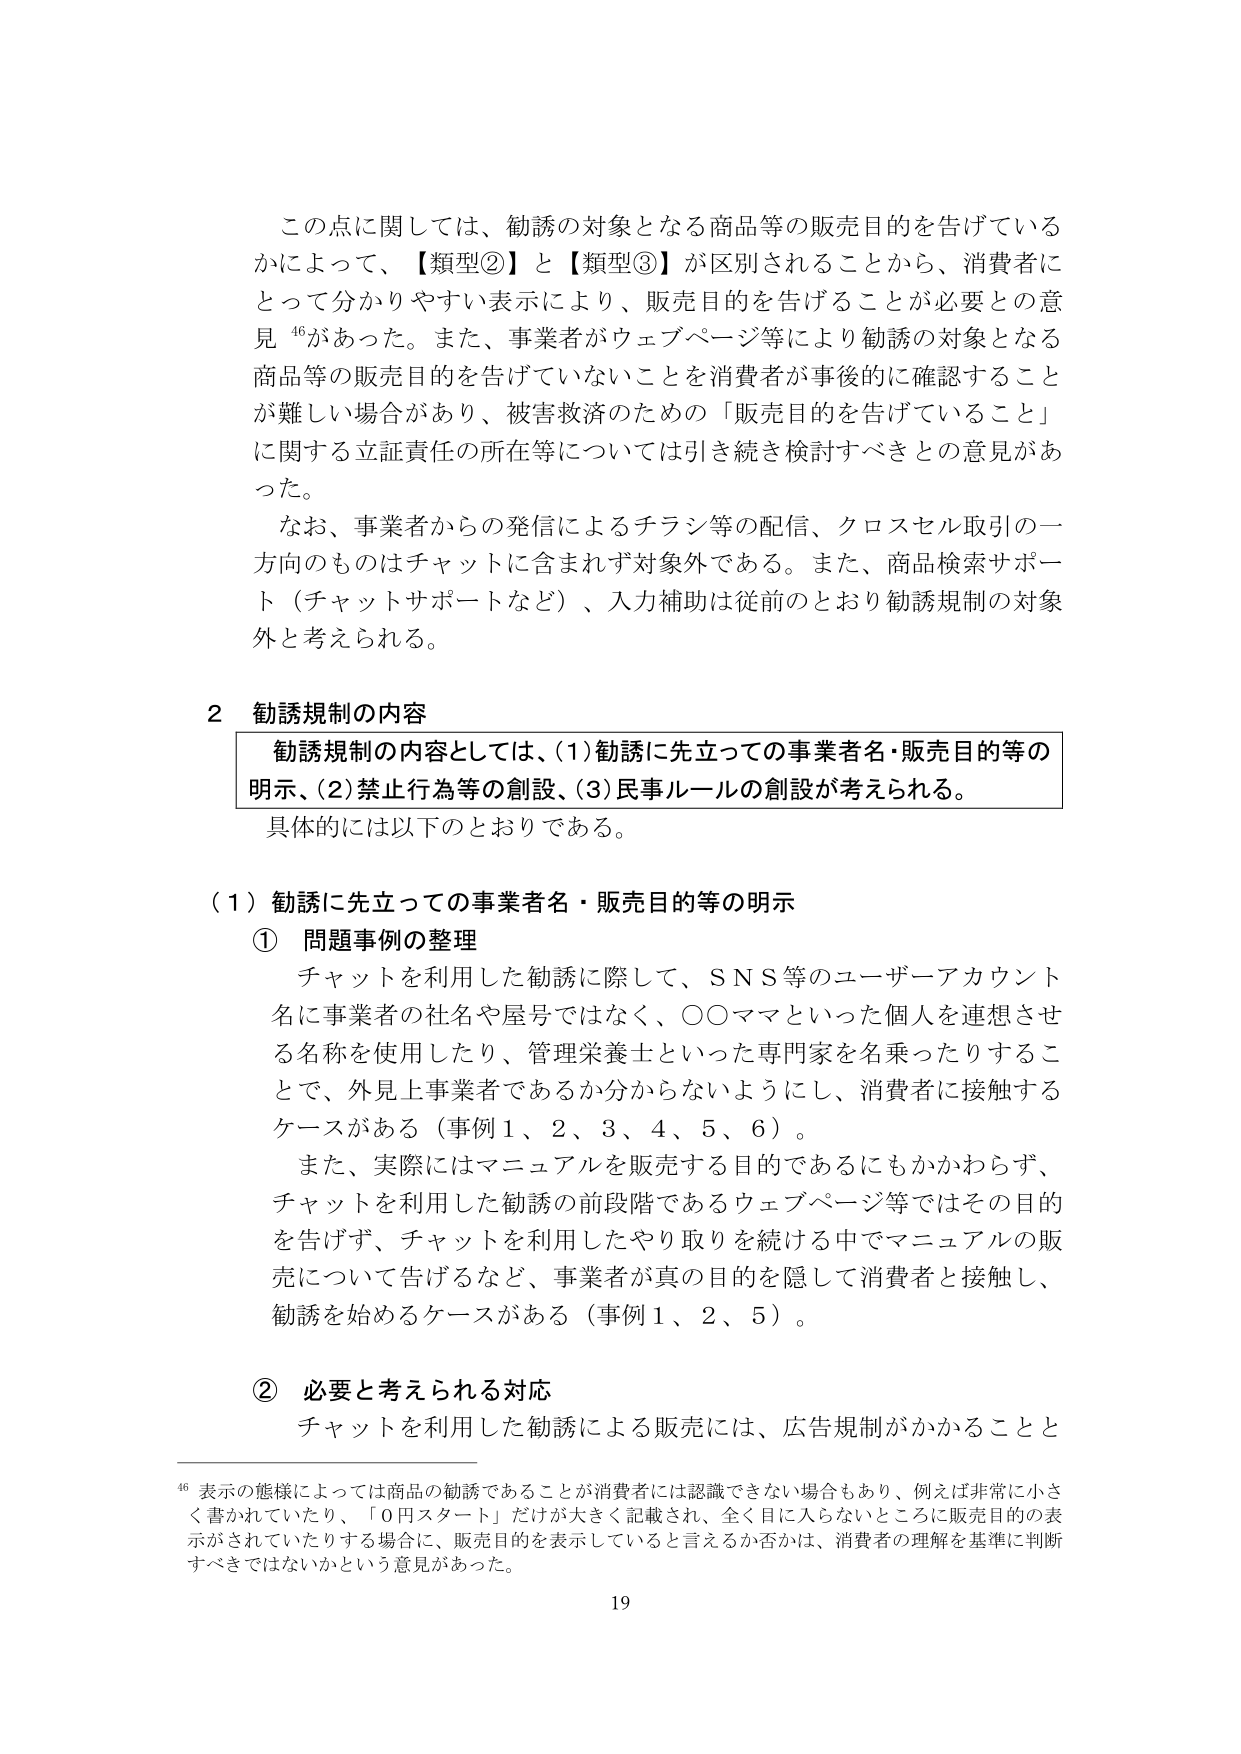
この点に関しては、勧誘の対象となる商品等の販売目的を告げているかによって、【類型②】と【類型③】が区別されることから、消費者にとって分かりやすい表示により、販売目的を告げることが必要との意見⁴⁶があった。また、事業者がウェブページ等により勧誘の対象となる商品等の販売目的を告げていないことを消費者が事後的に確認することが難しい場合があり、被害救済のための「販売目的を告げていること」に関する立証責任の所在等については引き続き検討すべきとの意見があった。

なお、事業者からの発信によるチラシ等の配信、クロスセル取引の一方向のものはチャットに含まれず対象外である。また、商品検索サポート（チャットサポートなど）、入力補助は従前とのおり勧誘規制の対象外と考えられる。

2 勧誘規制の内容

勧誘規制の内容としては、(1)勧誘に先立っての事業者名・販売目的等の明示、(2)禁止行為等の創設、(3)民事ルールの創設が考えられる。

具体的には以下のとおりである。

（1）勧誘に先立っての事業者名・販売目的等の明示

① 問題事例の整理

チャットを利用した勧誘に際して、SNS等のユーザーアカウント名に事業者の社名や屋号ではなく、○○ママといった個人を連想させる名称を使用したり、管理栄養士といった専門家を名乗ったりすることで、外見上事業者であるか分からないようにし、消費者に接触するケースがある（事例1、2、3、4、5、6）。

また、実際にはマニュアルを販売する目的であるにもかかわらず、チャットを利用した勧誘の前段階であるウェブページ等ではその目的を告げず、チャットを利用したやり取りを続ける中でマニュアルの販売について告げるなど、事業者が真の目的を隠して消費者と接触し、勧誘を始めるケースがある（事例1、2、5）。

② 必要と考えられる対応

チャットを利用した勧誘による販売には、広告規制がかかることと

⁴⁶ 表示の態様によっては商品の勧誘であることが消費者には認識できない場合もあり、例えば非常に小さく書かれていたり、「0円スタート」だけが大きく記載され、全く目に入らないところに販売目的の表示がされていたりする場合に、販売目的を表示していると言えるか否かは、消費者の理解を基準に判断すべきではないかという意見があった。

19